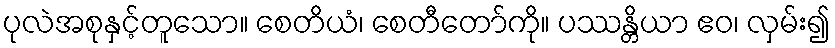
ပုလဲအစုနှင့်တူသော။ စေတိယံ၊ စေတီတော်ကို။ ပဿန္တိယာ ဧဝ၊ လှမ်း၍